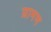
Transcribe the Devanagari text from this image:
ग्रामण